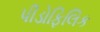
પીડોફિલિક